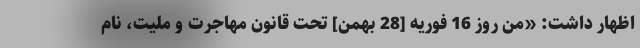
اظهار داشت: «من روز 16 فوریه [28 بهمن] تحت قانون مهاجرت و ملیت، نام